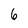
Character: 6